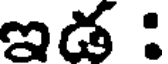
ఇడ :